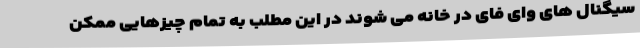
سیگنال های وای فای در خانه می شوند در این مطلب به تمام چیزهایی ممکن